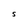
Character: S